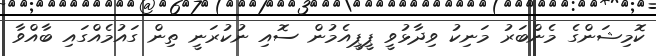
ކޮމިޝަންގެ މެންބަރު މަނިކު ވިދާޅުވީ ޕީޕީއެމުން ސޮއި ނުކުރަނީ ތިން ގައުމެއްގައި ބާއްވާ